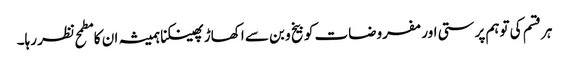
ہر قسم کی توہم پرستی اور مفروضات کو بیخ و بن سے اکھاڑ پھینکنا ہمیشہ ان کا مطمح نظر رہا۔